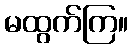
မထွက်ကြ။